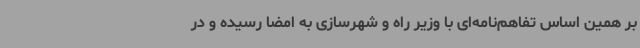
بر همین اساس تفاهم‌نامه‌ای با وزیر راه و شهرسازی به امضا رسیده و در